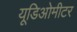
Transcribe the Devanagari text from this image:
यूडिओमीटर